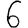
Digit: 6